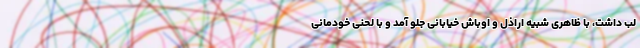
لب داشت، با ظاهری شبیه اراذل و اوباش خیابانی جلو آمد و با لحنی خودمانی